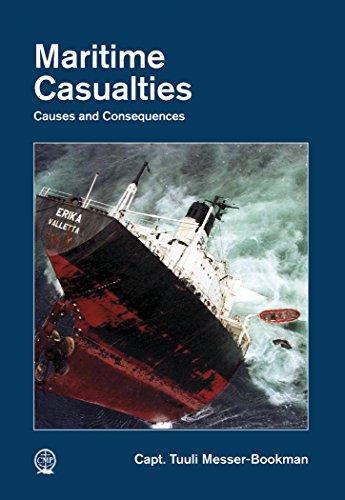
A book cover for Maritime Casualties: Causes and Consequences; Tuuli Messer-Bookman; Law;